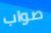
صواب